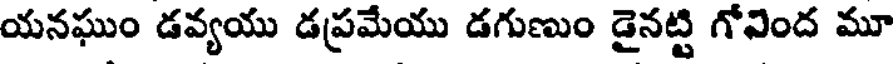
యనఘుం డవ్యయు డప్రమేయు డగుణుం డైనట్టి గోవింద మూ